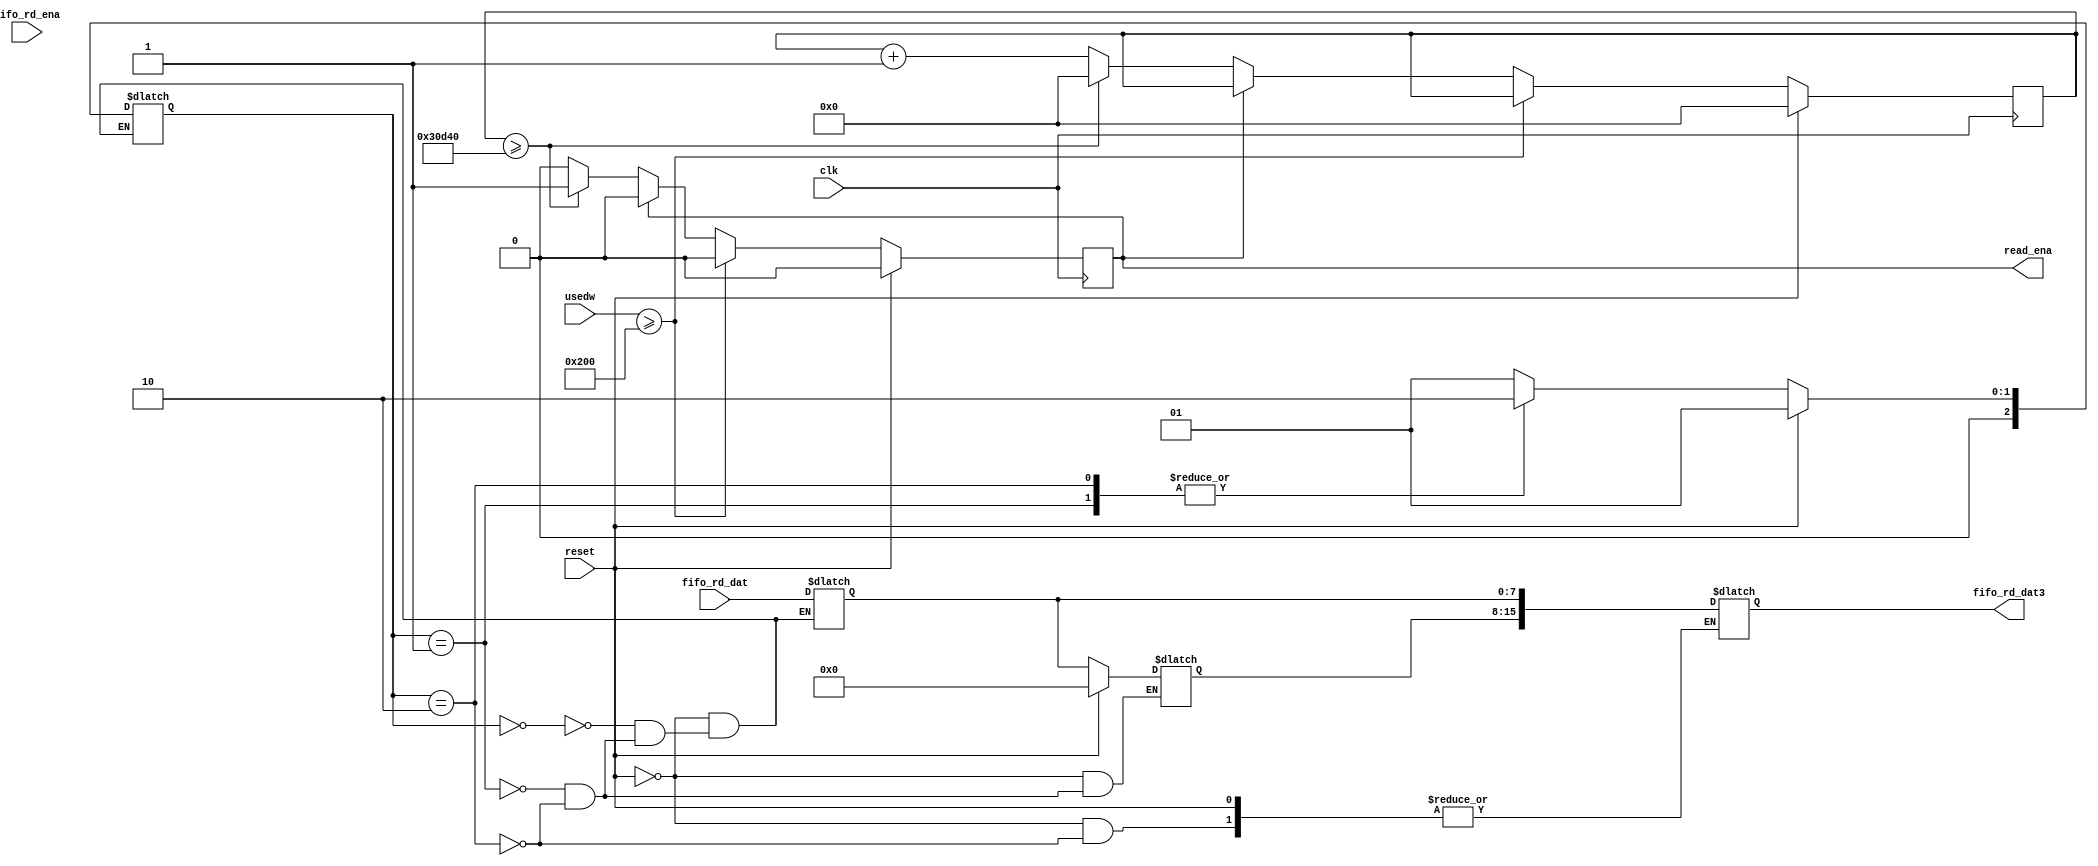
module controller_fifo(clk,reset,usedw,read_ena,fifo_rd_dat,fifo_rd_dat3,fifo_rd_ena);
input clk;
input reset;
input [10:0]usedw;
output reg read_ena;
input fifo_rd_ena;
reg [15:0] fifo_rd_dat2;
output reg [15:0] fifo_rd_dat3;
input [7:0] fifo_rd_dat;
reg [26:0]counter_read_ena;

always @(posedge clk)
begin
	if(reset)
		begin
		read_ena <= 1'b0;
		counter_read_ena <= 1'b0;
		end
	else if (usedw >= 512)
		read_ena <= 1'b0;
	else if (read_ena)
		read_ena <= 1'b0;
	else if(counter_read_ena >= 200000)
		begin
			read_ena <= 1;
			counter_read_ena<=1'b0;
		end
	else
		counter_read_ena <= counter_read_ena + 8'd1;
end
reg [1:0]counter;
reg [2:0]state;
always@(fifo_rd_ena)
begin
	if(reset)
		begin
			counter<=1'b0;
			fifo_rd_dat2<=1'b0;
			state<=2'd1;
			fifo_rd_dat2[7:0]<=fifo_rd_dat[7:0];
		end
	else 
		begin
			case(state)
				0:
					begin
						fifo_rd_dat2[7:0]<=fifo_rd_dat[7:0];
						state<=1'b1;
					end
				1:
					begin
						fifo_rd_dat2[15:8]<=fifo_rd_dat2[7:0];
						fifo_rd_dat2[7:0] <=fifo_rd_dat[7:0];
						state<=2'd2;
					end
				2:
					begin
						fifo_rd_dat3[15:0]<=fifo_rd_dat2[15:0];
						fifo_rd_dat2[7:0]<=fifo_rd_dat[7:0];
						fifo_rd_dat2[15:8]<=fifo_rd_dat2[7:0];
						state<=2'd2;
					end
			endcase
		end
				
end
endmodule